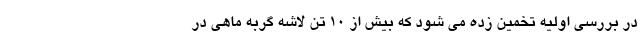
در بررسی اولیه تخمین زده می شود که بیش از ۱۰ تن لاشه گربه ماهی در